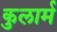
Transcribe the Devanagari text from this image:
कुलार्म